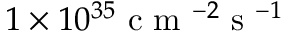
1 \times 1 0 ^ { 3 5 } \mathrm { ~ c ~ m ~ } ^ { - 2 } \mathrm { ~ s ~ } ^ { - 1 }